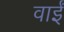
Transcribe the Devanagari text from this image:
वाईं